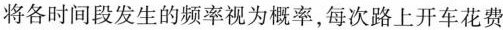
将各时间段发生的频率视为概率，每次路上开车花费